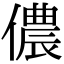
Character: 儂